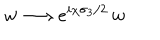
w \longrightarrow e ^ { i \chi \sigma _ { 3 } / 2 } \, w